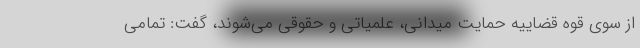
از سوی قوه قضاییه حمایت میدانی، علمیاتی و حقوقی می‌شوند، گفت: تمامی